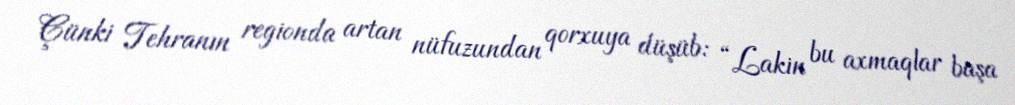
Çünki Tehranın regionda artan nüfuzundan qorxuya düşüb: “Lakin bu axmaqlar başa